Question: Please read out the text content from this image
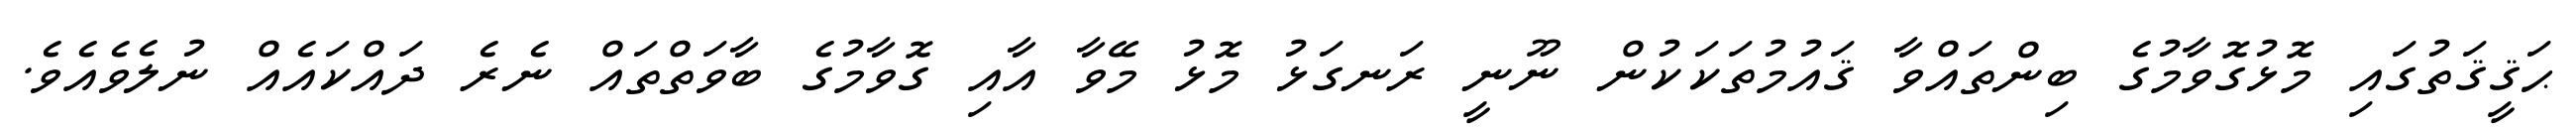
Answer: ޙަޤީޤަތުގައި މޮޅުގޮވާމުގެ ބިންތައްވާ ޤައުމުތަކަކުން ނޫނީ ރަނގަޅު މޮޅު މޭވާ އާއި ގޮވާމުގެ ބާވަތްތައް ނެރެ ދައްކައެއް ނުލެވެއެވެ.